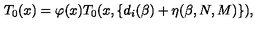
T _ { 0 } ( x ) = \varphi ( x ) T _ { 0 } ( x , \{ d _ { i } ( \beta ) + \eta ( \beta , N , M ) \} ) ,